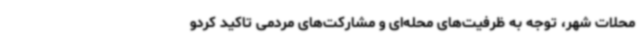
محلات شهر، توجه به ظرفیت‌های محله‌ای و مشارکت‌های مردمی تاکید کردو